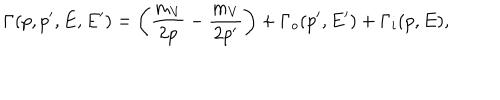
LaTeX: \Gamma ( p , p ^ { \prime } , E , E ^ { \prime } ) = \left( \frac { m _ { V } } { 2 p } - \frac { m _ { V } } { 2 p ^ { \prime } } \right) + \Gamma _ { o } ( p ^ { \prime } , E ^ { \prime } ) + \Gamma _ { i } ( p , E ) ,